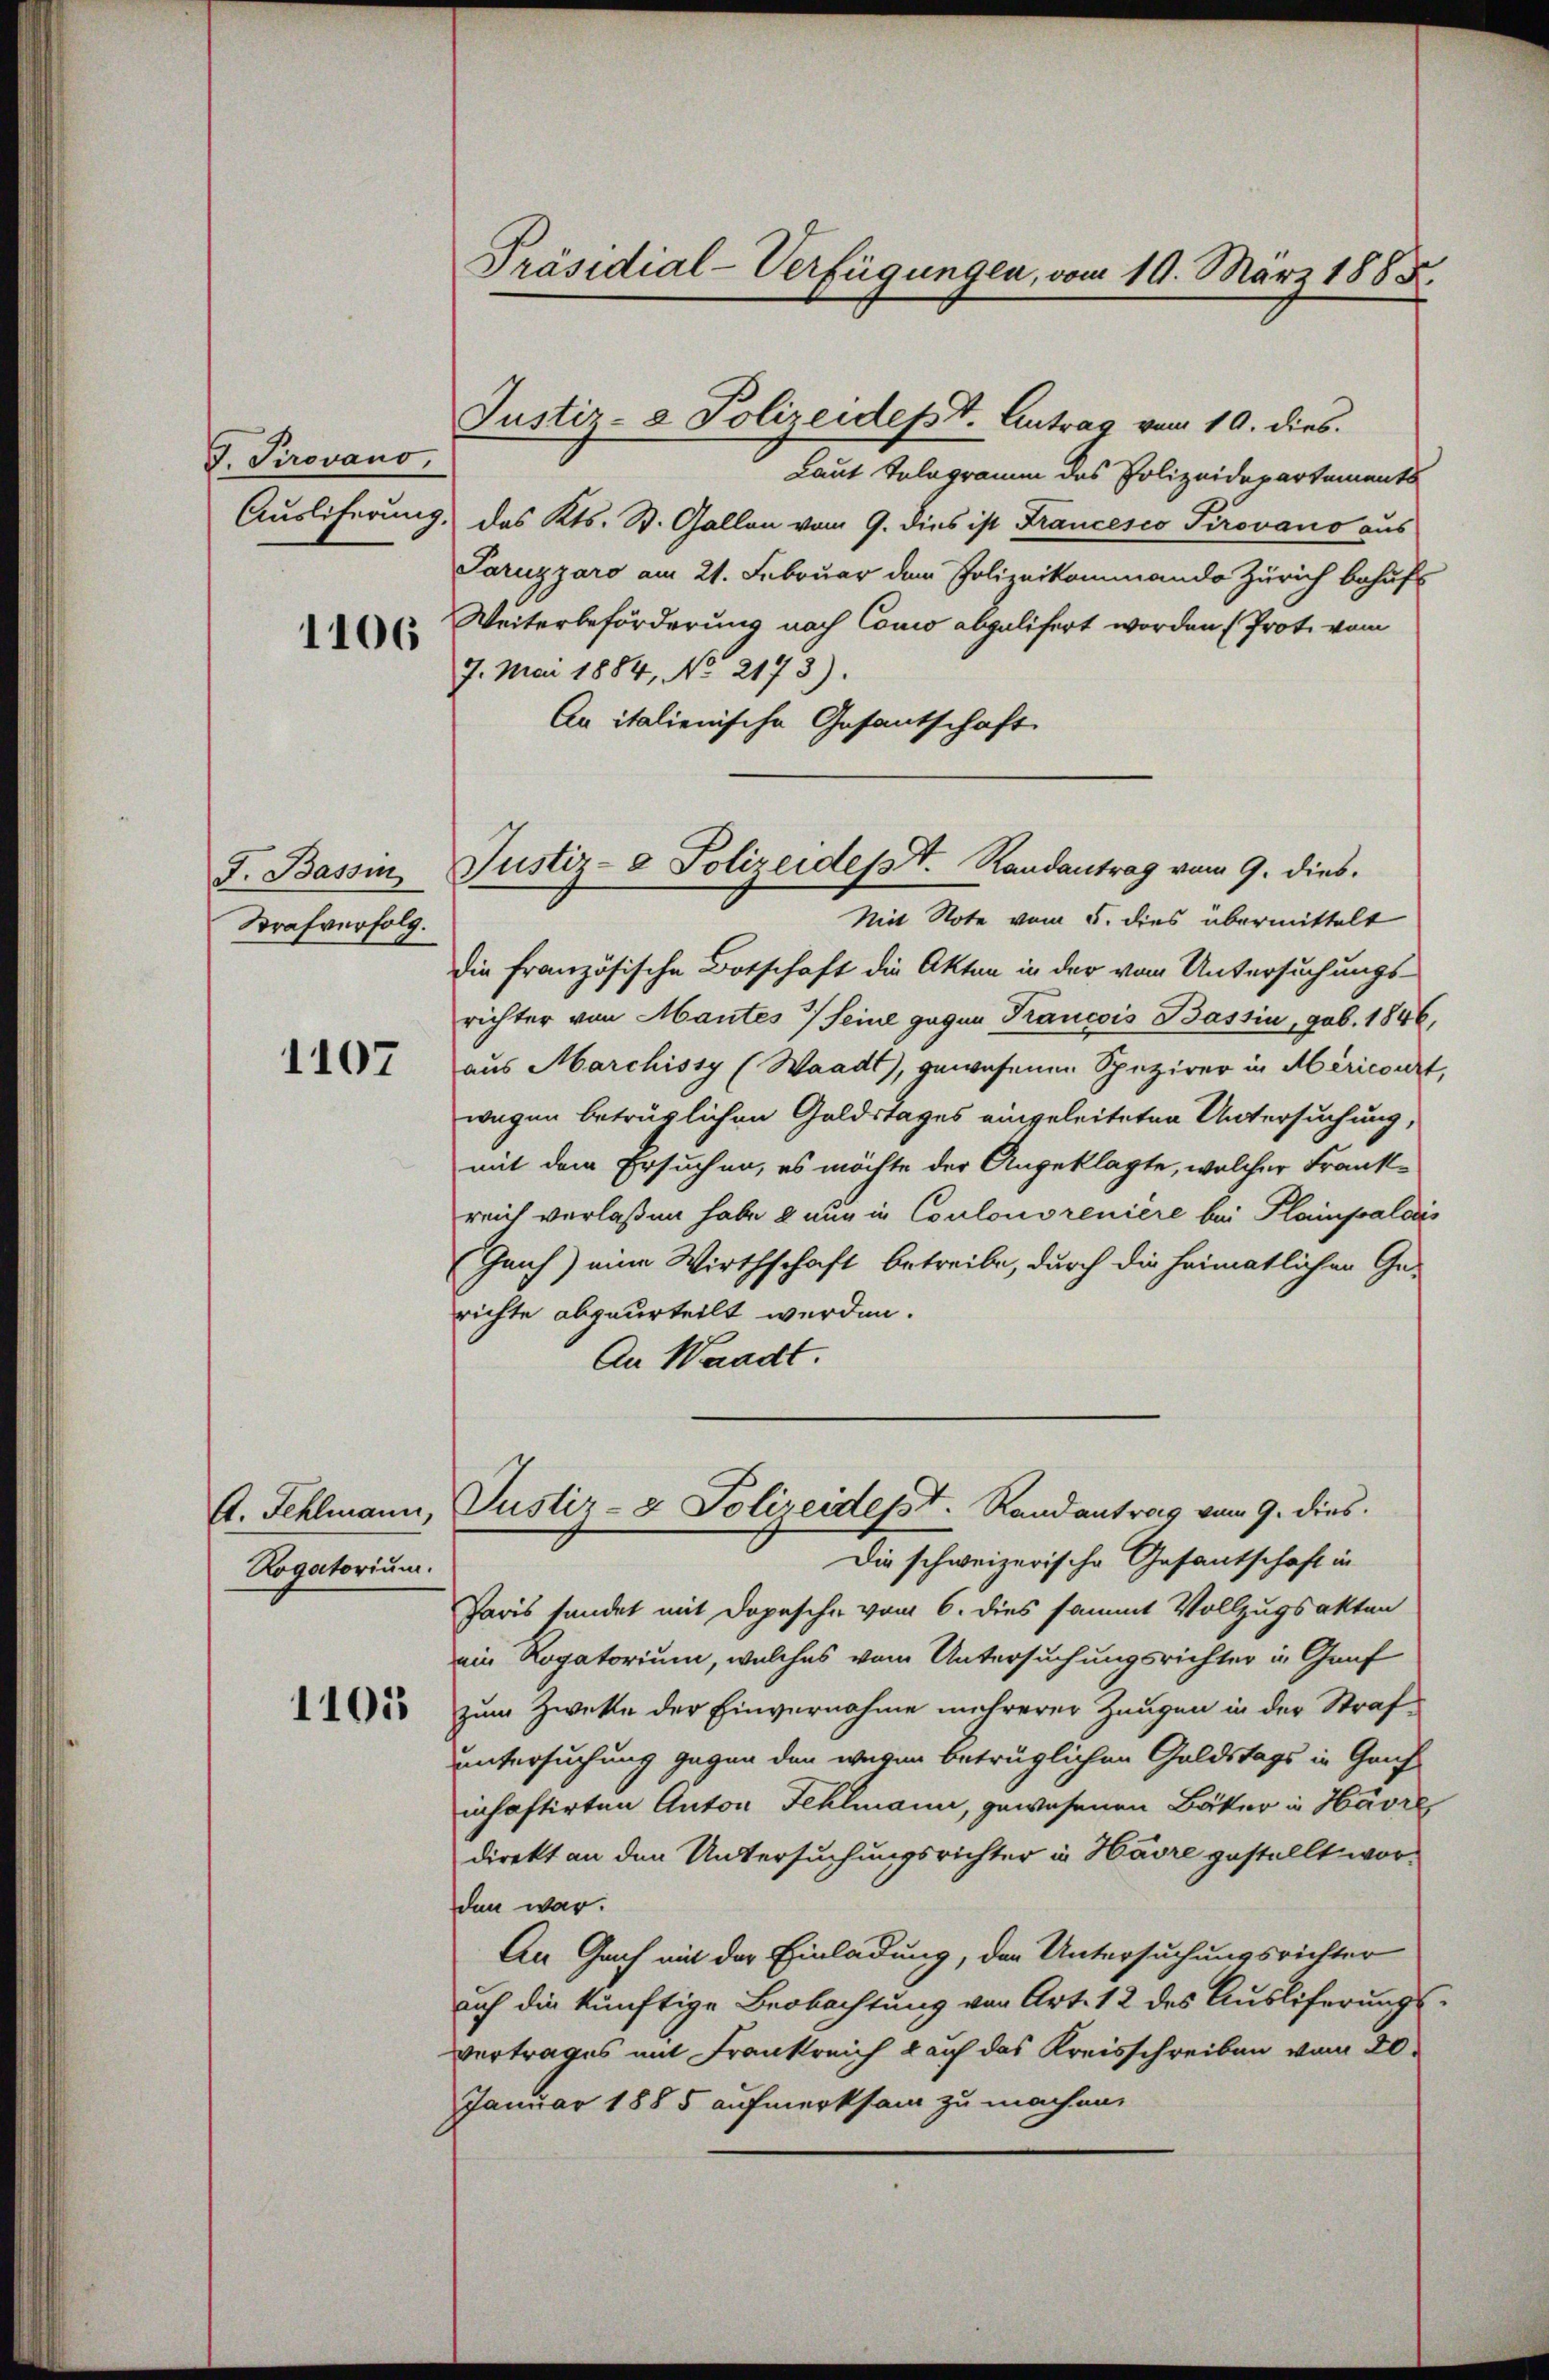
G Pirovano,
Ausliferung.

1106

J. Bassin
Strafverfolg.

1107

A. Fehlmann,
Rogatorium.

1105

Präsidial-Verfügungen, vom 19. März 1885.

Justiz- & Polizeidept. Antrag vom 10. dies.

Justiz- & Polizeidest. Randantrag vom 9. dies.

Laut Telegramm des Polizeidepartements
das Kts. St. Gallen vom 9. dies ist Francesco Tirovano aus
Saruzzaro am 21. Februar dem Polizeikommando Zürich behufs
Weiterbeförderung nach Cono abgelifert worden (Prote vom
7. Mai 1884, No 2173).
An italienische Gesantschaft
Mit Note vom 5. dies übermittelt
die französische Botschaft die Akten in der vom Untersuchungsrichter von Mantes Seine gegen Trancois Bassin, geb. 1846,
aus Marchissy (Waadt, gewesenen Spezirer in Méricourt
wegen betrüglichen Goldstages eingeleiteten Untersuchung,
mit dem Ersuchen, es möchte der Angeklagte, welcher Frankreich verlaßen habe & nur in Coulonsreniere bei Plainfralois
Geih) eine Wirthschaft betreibe, durch die heimatlichen Ge-
richte abgeurteilt werden.
An Waadt
Justiz- & Polizeidesst. Randantrag vom 9. dies
Die schweizerische Gesantschaft in
Paris sandet mit Dopesche vom 6. dies sammt Vollzugsakten
ein Rogatorium, welches vom Untersuchungsrichter in Graf
zum Zweke der Einvernahme mehrerer Zeugen in der Strafuntersuchung gegen den wegen betrüglichen Geldstags in Geis
inhaftirten Anton Fehlmann, gewesenen Bäker in Havre
direkt an den Untersuchungsrichter in Havre gestellt worden war.
An Gach mit der Einladung, der Untersuchungsrichter
auch die künftige Beobachtung von Art. 12 des Ausliferung
vertrages mit Frankreich auf das Kreisschreiben vom 20.
Januar 1885 aufmerksam zu machen,